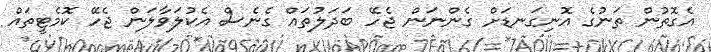
އެގޮތުން ތަނުގެ އޮނިގަނޑަށް ގެންނަން ޖެހޭ ބަދަލުތައް ގެނެސް އެކުލަވާލަން ޖެހޭ ކޮމެޓީތައް